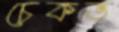
চেকভ